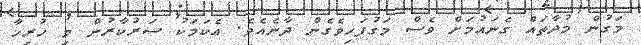
މަގުން މުދާތައް ގެނައުމަށް ވެސް މަގުފަހިވެގެން ދާނެއެވެ. އެކަމަކު ސަރުކާރުން މި ހުރިހާ